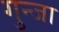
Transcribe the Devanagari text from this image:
गुन्जा